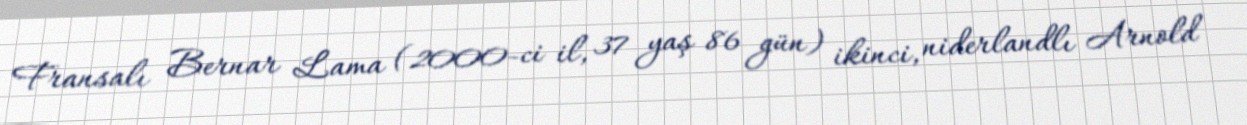
Fransalı Bernar Lama (2000-ci il, 37 yaş 86 gün) ikinci, niderlandlı Arnold